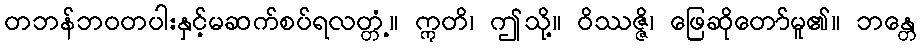
တဘန်ဘဝတပါးနှင့်မဆက်စပ်ရလတ္တံ့။ ဣတိ၊ ဤသို့။ ဝိဿဇ္ဇိ၊ ဖြေဆိုတော်မူ၏။ ဘန္တေ